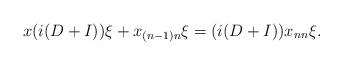
LaTeX: \begin{align*}x(i(D+I))\xi + x_{(n-1)n} \xi = (i(D+I)) x_{nn} \xi. \end{align*}